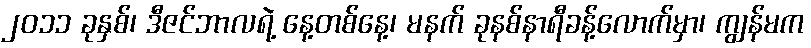
၂၀၁၁ ခုနှစ်၊ ဒီဇင်ဘာလရဲ့ နေ့တစ်နေ့၊ မနက် ခုနစ်နာရီခန့်လောက်မှာ၊ ကျွန်မက